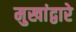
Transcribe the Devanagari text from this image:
मुखांद्वारे